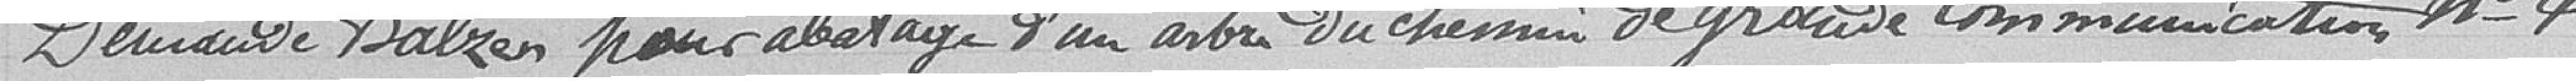
Demande Balzen pour abattage d'un arbre du chemin de grande communication n°4